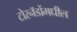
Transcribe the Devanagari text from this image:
टोरनॅडोंमधील